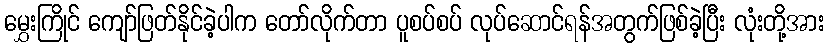
မွှေးကြိုင် ကျော်ဖြတ်နိုင်ခဲ့ပါက တော်လိုက်တာ ပူစပ်စပ် လုပ်ဆောင်ရန်အတွက်ဖြစ်ခဲ့ပြီး လုံးတို့အား